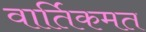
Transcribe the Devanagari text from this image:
वार्तिकमत